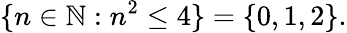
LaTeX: \{ n\in\mathbb{N}:n^{2}\leq 4\} =\{ 0,1,2\} .